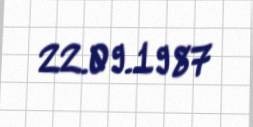
22.09.1987